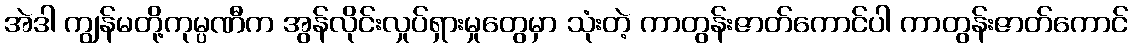
အဲဒါ ကျွန်မတို့ကုမ္ပဏီက အွန်လိုင်းလှုပ်ရှားမှုတွေမှာ သုံးတဲ့ ကာတွန်းဇာတ်ကောင်ပါ ကာတွန်းဇာတ်ကောင်